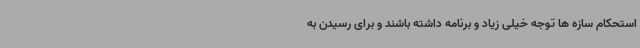
استحکام سازه ها توجه خیلی زیاد و برنامه داشته باشند و برای رسیدن به